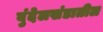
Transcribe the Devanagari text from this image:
बुंदेलखंडातील